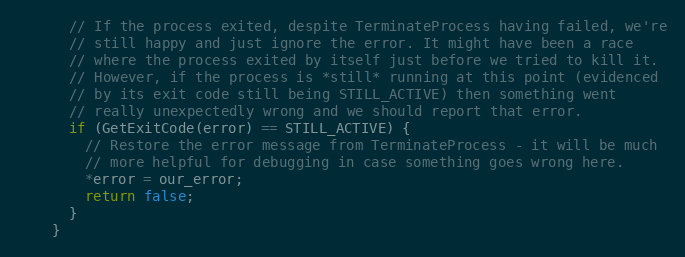
Language: C++
      // If the process exited, despite TerminateProcess having failed, we're
      // still happy and just ignore the error. It might have been a race
      // where the process exited by itself just before we tried to kill it.
      // However, if the process is *still* running at this point (evidenced
      // by its exit code still being STILL_ACTIVE) then something went
      // really unexpectedly wrong and we should report that error.
      if (GetExitCode(error) == STILL_ACTIVE) {
        // Restore the error message from TerminateProcess - it will be much
        // more helpful for debugging in case something goes wrong here.
        *error = our_error;
        return false;
      }
    }